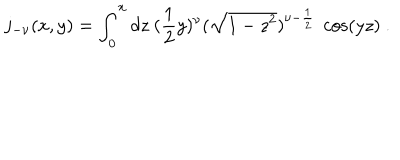
LaTeX: j _ { - \nu } ( x , y ) = \int _ { 0 } ^ { x } d z \ ( \frac { 1 } { 2 } y ) ^ { \nu } ( \sqrt { 1 - z ^ { 2 } } ) ^ { \nu - \frac { 1 } { 2 } } \ \cos ( y z ) \ .